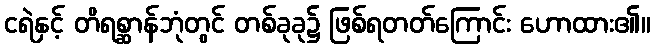
ငရဲနှင့် တိရစ္ဆာန်ဘုံတွင် တစ်ခုခု၌ ဖြစ်ရတတ်ကြောင်း ဟောထား၏။